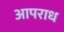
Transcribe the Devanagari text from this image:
आपराध